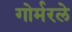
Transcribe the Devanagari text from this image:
गोर्मरले